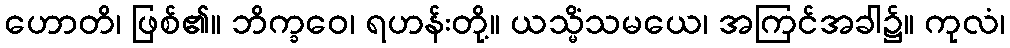
ဟောတိ၊ ဖြစ်၏။ ဘိက္ခဝေ၊ ရဟန်းတို့။ ယသ္မိံသမယေ၊ အကြင်အခါ၌။ ကုလံ၊